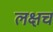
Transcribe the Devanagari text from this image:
लक्षच